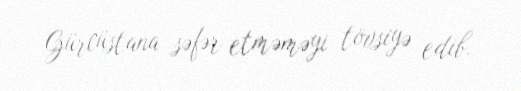
Gürcüstana səfər etməməyi tövsiyə edib.